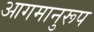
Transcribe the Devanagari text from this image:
आगमानुरूप